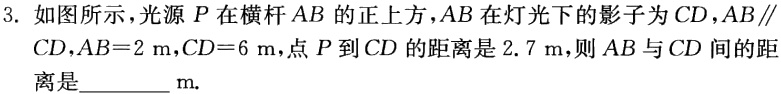
3. 如图所示，光源\(P\)在横杆\(AB\)的正上方，\(AB\)在灯光下的影子为\(CD\)，\(AB\parallel CD\)，\(AB = 2\mathrm{m}\)，\(CD = 6\mathrm{m}\)，点\(P\)到\(CD\)的距离是\(2.7\mathrm{m}\)，则\(AB\)与\(CD\)间的距离是__________\(\mathrm{m}\).